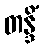
တန္ဒိံ